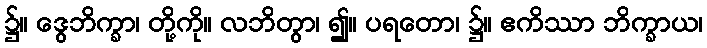
၌။ ဒွေဘိက္ခာ၊ တို့ကို။ လဘိတွာ၊ ၍။ ပရတော၊ ၌။ ဧကိဿာ ဘိက္ခာယ၊